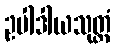
ဥပါဒါယသုတ္တံ